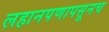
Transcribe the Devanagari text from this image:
लहानपणापसूनच